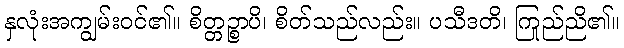
နှလုံးအကျွမ်းဝင်၏။ စိတ္တဉ္စာပိ၊ စိတ်သည်လည်း။ ပသီဒတိ၊ ကြည်ညို၏။